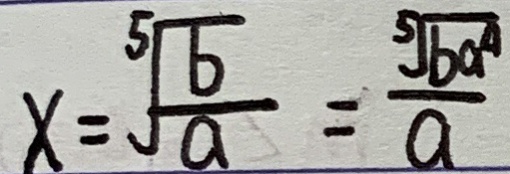
x = \sqrt [ 5 ] { \frac { b } { a } } = \frac { \sqrt [ 5 ] { b a ^ { 4 } } } { a }